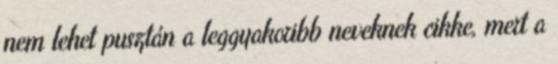
nem lehet pusztán a leggyakoribb neveknek cikke, mert a